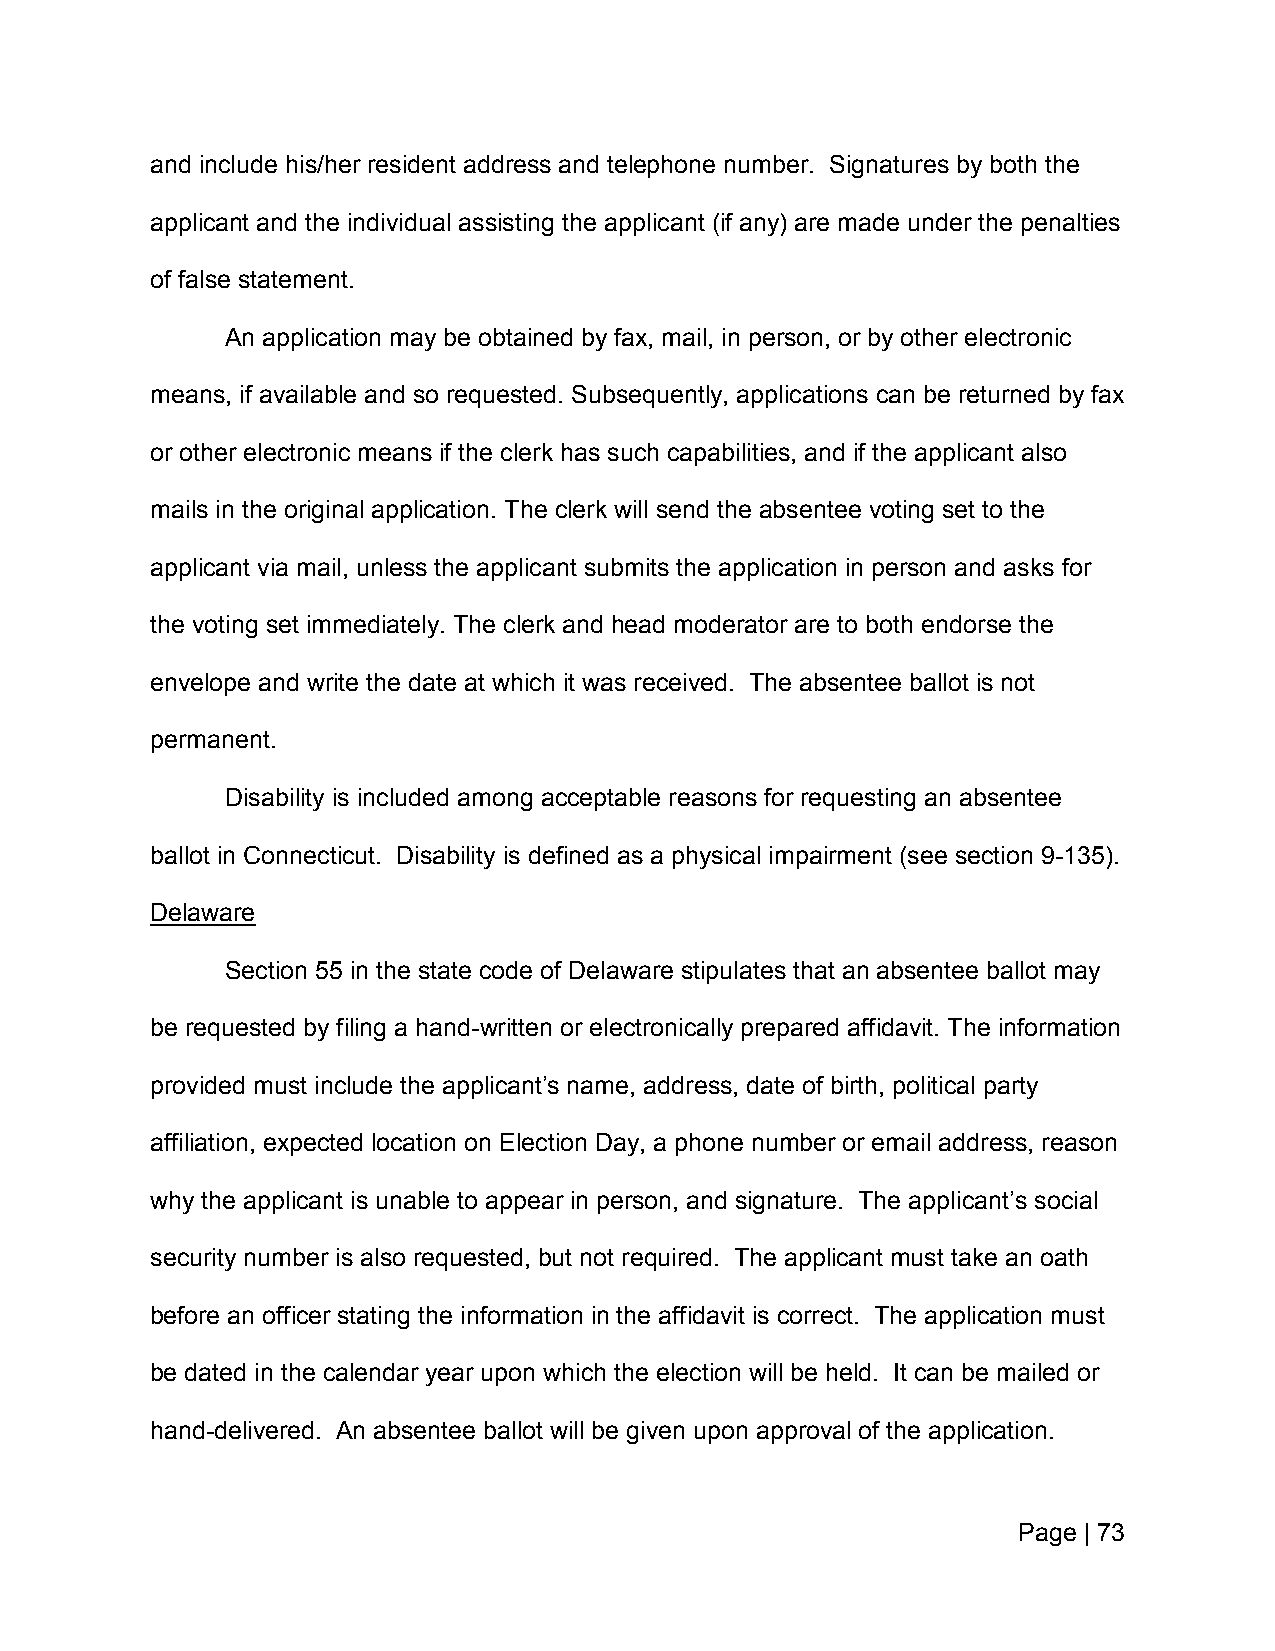
and include his/her resident address and telephone number. Signatures by both the
 applicant and the individual assisting the applicant (if any) are made under the penalties
 of false statement.
 An application may be obtained by fax, mail, in person, or by other electronic
 means, if available and so requested. Subsequently, applications can be returned by fax
 or other electronic means if the clerk has such capabilities, and if the applicant also
 mails in the original application. The clerk will send the absentee voting set to the
 applicant via mail, unless the applicant submits the application in person and asks for
 the voting set immediately. The clerk and head moderator are to both endorse the
 envelope and write the date at which it was received. The absentee ballot is not
 permanent.
 Disability is included among acceptable reasons for requesting an absentee
 ballot in Connecticut. Disability is defined as a physical impairment (see section 9-135).
 Delaware
 Section 55 in the state code of Delaware stipulates that an absentee ballot may
 be requested by filing a hand-written or electronically prepared affidavit. The information
 provided must include the applicant’s name, address, date of birth, political party
 affiliation, expected location on Election Day, a phone number or email address, reason
 why the applicant is unable to appear in person, and signature. The applicant’s social
 security number is also requested, but not required. The applicant must take an oath
 before an officer stating the information in the affidavit is correct. The application must
 be dated in the calendar year upon which the election will be held. It can be mailed or
 hand-delivered. An absentee ballot will be given upon approval of the application.
 Page | 73